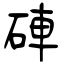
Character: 硨